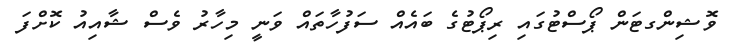
ވޮޝިންގޓަން ޕޯސްޓުގައި ރިޕޯޓުގެ ބައެއް ސަފުހާތައް ވަނީ މިހާރު ވެސް ޝާއިއު ކޮށްފަ